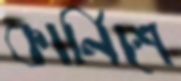
কার্নিশে